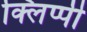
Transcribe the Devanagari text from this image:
क्लिप्पी